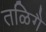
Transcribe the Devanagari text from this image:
तळिगै